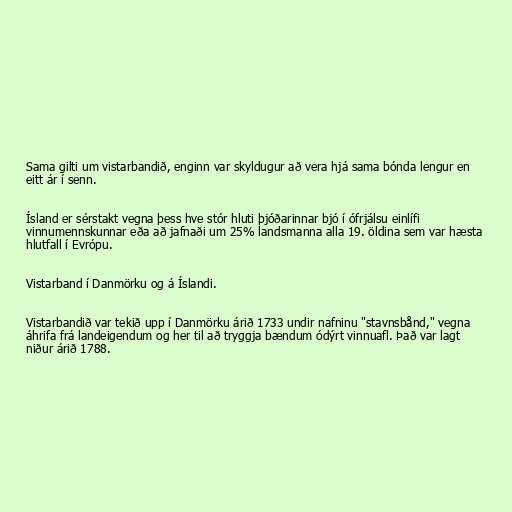
Sama gilti um vistarbandið, enginn var skyldugur að vera hjá sama bónda lengur en
eitt ár í senn.

Ísland er sérstakt vegna þess hve stór hluti þjóðarinnar bjó í ófrjálsu einlífi
vinnumennskunnar eða að jafnaði um 25% landsmanna alla 19. öldina sem var hæsta
hlutfall í Evrópu.

Vistarband í Danmörku og á Íslandi.

Vistarbandið var tekið upp í Danmörku árið 1733 undir nafninu "stavnsbånd," vegna
áhrifa frá landeigendum og her til að tryggja bændum ódýrt vinnuafl. Það var lagt
niður árið 1788.